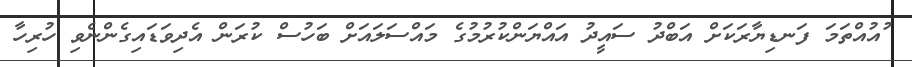
ުއުއްތަމަ ފަނޑިޔާރަކަށް އަބްދު ސައީދު އައްޔަންކުރުމުގެ މައްސަލައަށް ބަހުސް ކުރަން އެދިވަޑައިގެންނެވި ހުރިހާ